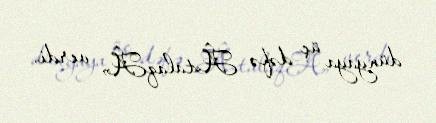
dünyaya üç dəfə Â«talaqÂ» verdi.